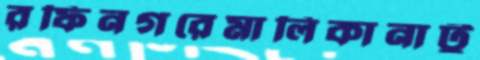
রফিনগরেমালিকানাটু